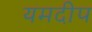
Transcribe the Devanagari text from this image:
यमदीप